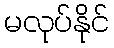
မလုပ်နိုင်